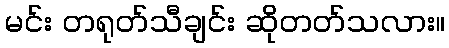
မင်း တရုတ်သီချင်း ဆိုတတ်သလား။